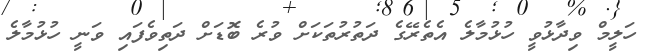
ހަލީމް ވިދާޅުވީ ހުޅުމާލެ އެތެރޭގެ ދަތުރުތަކަށް ވުރެ ބޮޑަށް ދަތިވެފައި ވަނީ ހުޅުމާލެ